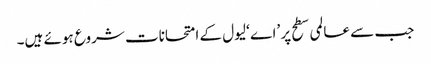
جب سے عالمی سطح پر ’اے ‘لیول کے امتحانات شروع ہوئے ہیں۔